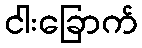
ငါးခြောက်